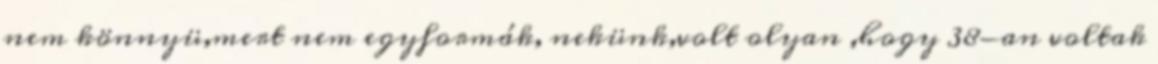
nem könnyü,mert nem egyformák, nekünk,volt olyan ,hogy 38-an voltak